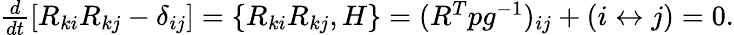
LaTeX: \begin{array}{r}{\frac{d}{dt}[R_{ki}R_{kj}-\delta_{ij}]=\{ R_{ki}R_{kj},H\} =(R^{T}pg^{-1})_{ij}+(i\leftrightarrow j)=0.}\end{array}